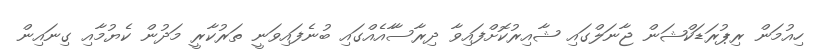
ހިއުމަން ރިޕުރަޑަކްޝަން ޖާނަލްގައި ޝާއިރުކޮށްފައިވާ ދިރާސާާއެއްގައި ބުނެފައިވަނީ ތަރުކާރީ މަދުން ކެޔުމާއި ގިނައިން